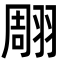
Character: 翢